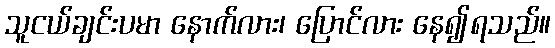
သူငယ်ချင်းပမာ နောက်လား၊ ပြောင်လား နေ၍ရသည်။